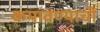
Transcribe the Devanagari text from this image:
कमावण्याची